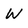
Character: W